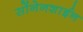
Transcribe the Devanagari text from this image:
सोंनेनशाईन